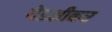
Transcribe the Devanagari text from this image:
येडशीकर